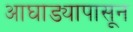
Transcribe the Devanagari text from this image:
आघाड्यापासून